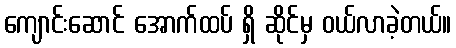
ကျောင်းဆောင် အောက်ထပ် ရှိ ဆိုင်မှ ဝယ်လာခဲ့တယ်။